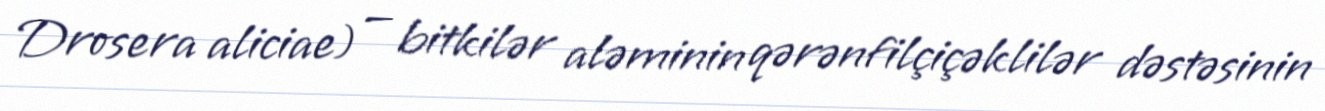
Drosera aliciae) — bitkilər aləminin qərənfilçiçəklilər dəstəsinin